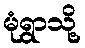
မုံရွာသို့